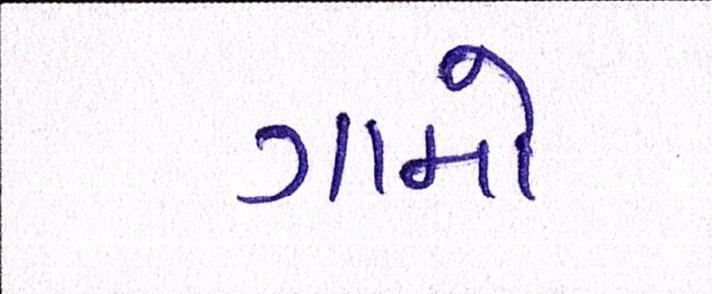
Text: ગામો